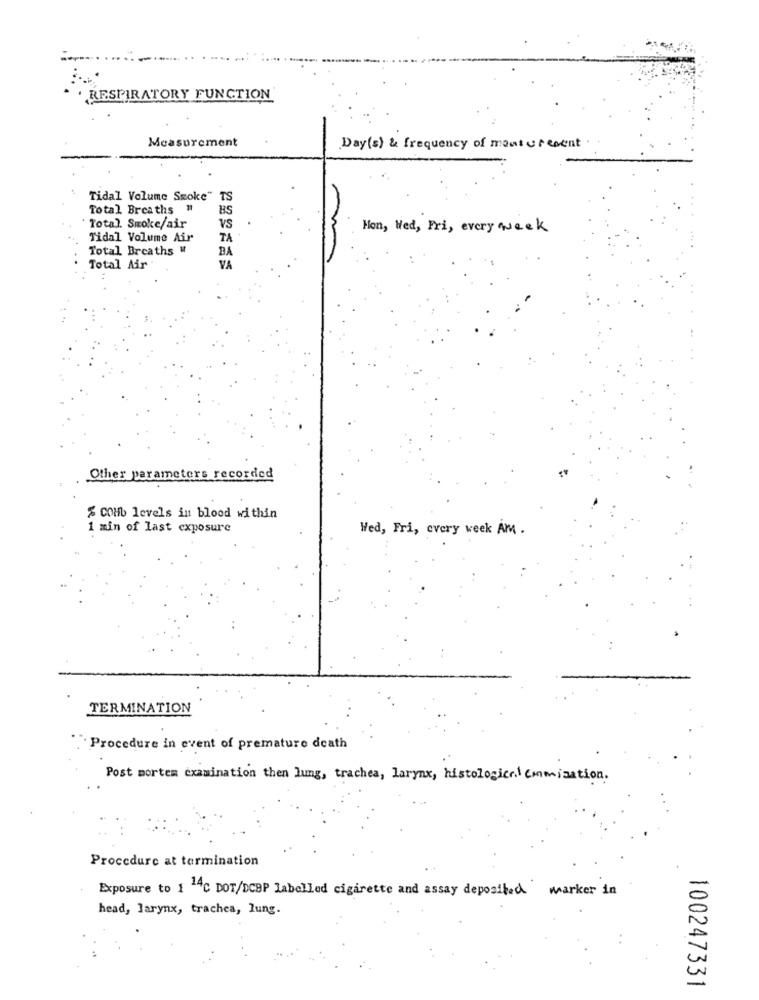
RESPIRATORY FUNCTION
Measurement
Day(s) & frequency of manturecent
Tidal Volume Smoke"
TS
Total Breaths "
BS
" Total. Smoke/air
VS
Mon, Wed, Fri, every week
Tidal Volume Air
TA .
Total Breaths W
BA
VA
Total Air
Other parameters recorded
& COHb levels in blood within
1 min of last exposure
Wed, Fri, every week AM .
TERMINATION
`Procedure in event of premature death
Post mortem examination then lung, trachea, larynx, histological emmization.
Procedure at termination
Exposure to 1 14℃ DOT/DCBP labelled cigarette and assay deposited warker in
head, larynx, trachea, lung.
100247331